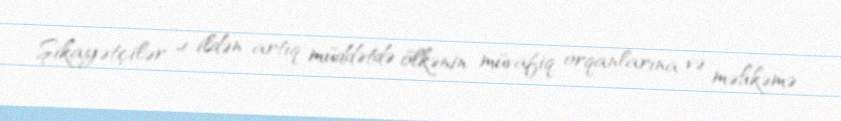
Şikayətçilər 4 ildən artıq müddətdə ölkənin müvafiq orqanlarına və məhkəmə